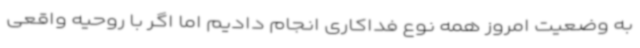
به وضعیت امروز همه نوع فداکاری انجام دادیم اما اگر با روحیه واقعی